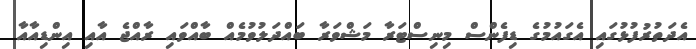
އެދަތުރުފުޅުގައި އެގައުމުގެ ޑިފެންސް މިނިސްޓަރާ މަޝްވަރާ ބައްދަލުވުމެއް ބާއްވައި ރާއްޖެ އާއި އިންޑިއާއާ